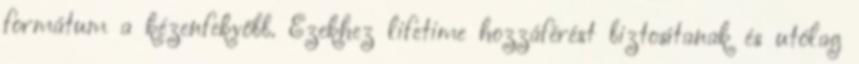
formátum a kézenfekvőbb. Ezekhez lifetime hozzáférést biztosítanak és utólag